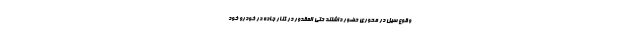
وقوع سیل در محوری حضور داشتند حتی المقدور در کنار جاده در خودرو خود